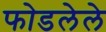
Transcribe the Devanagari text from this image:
फोडलेले